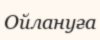
Ойлануға